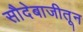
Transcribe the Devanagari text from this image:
सौदेबाजीतून